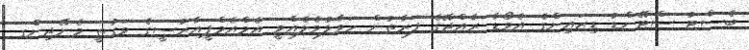
ބެސްޓު ސްޓޭންޑު ޑިޒައިންގެ އެވޯޑާ ރާއްޖޭގެ ފަރާތުން ހަވާލުވެލެއްވީ އެމްއެމްޕީއާރުސީގެ ވަގުތީ މެނޭޖިންގ